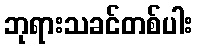
ဘုရားသခင်တစ်ပါး